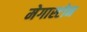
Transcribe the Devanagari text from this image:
मेगास्टोन